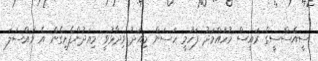
ސީއެސްސީގެ ރައީސް މުހައްމަދު ފަހުމީ ހަސަން މިއަދު ވިދާޅުވީ މިއަދުންފެށިގެން އެ މައްސަލަ